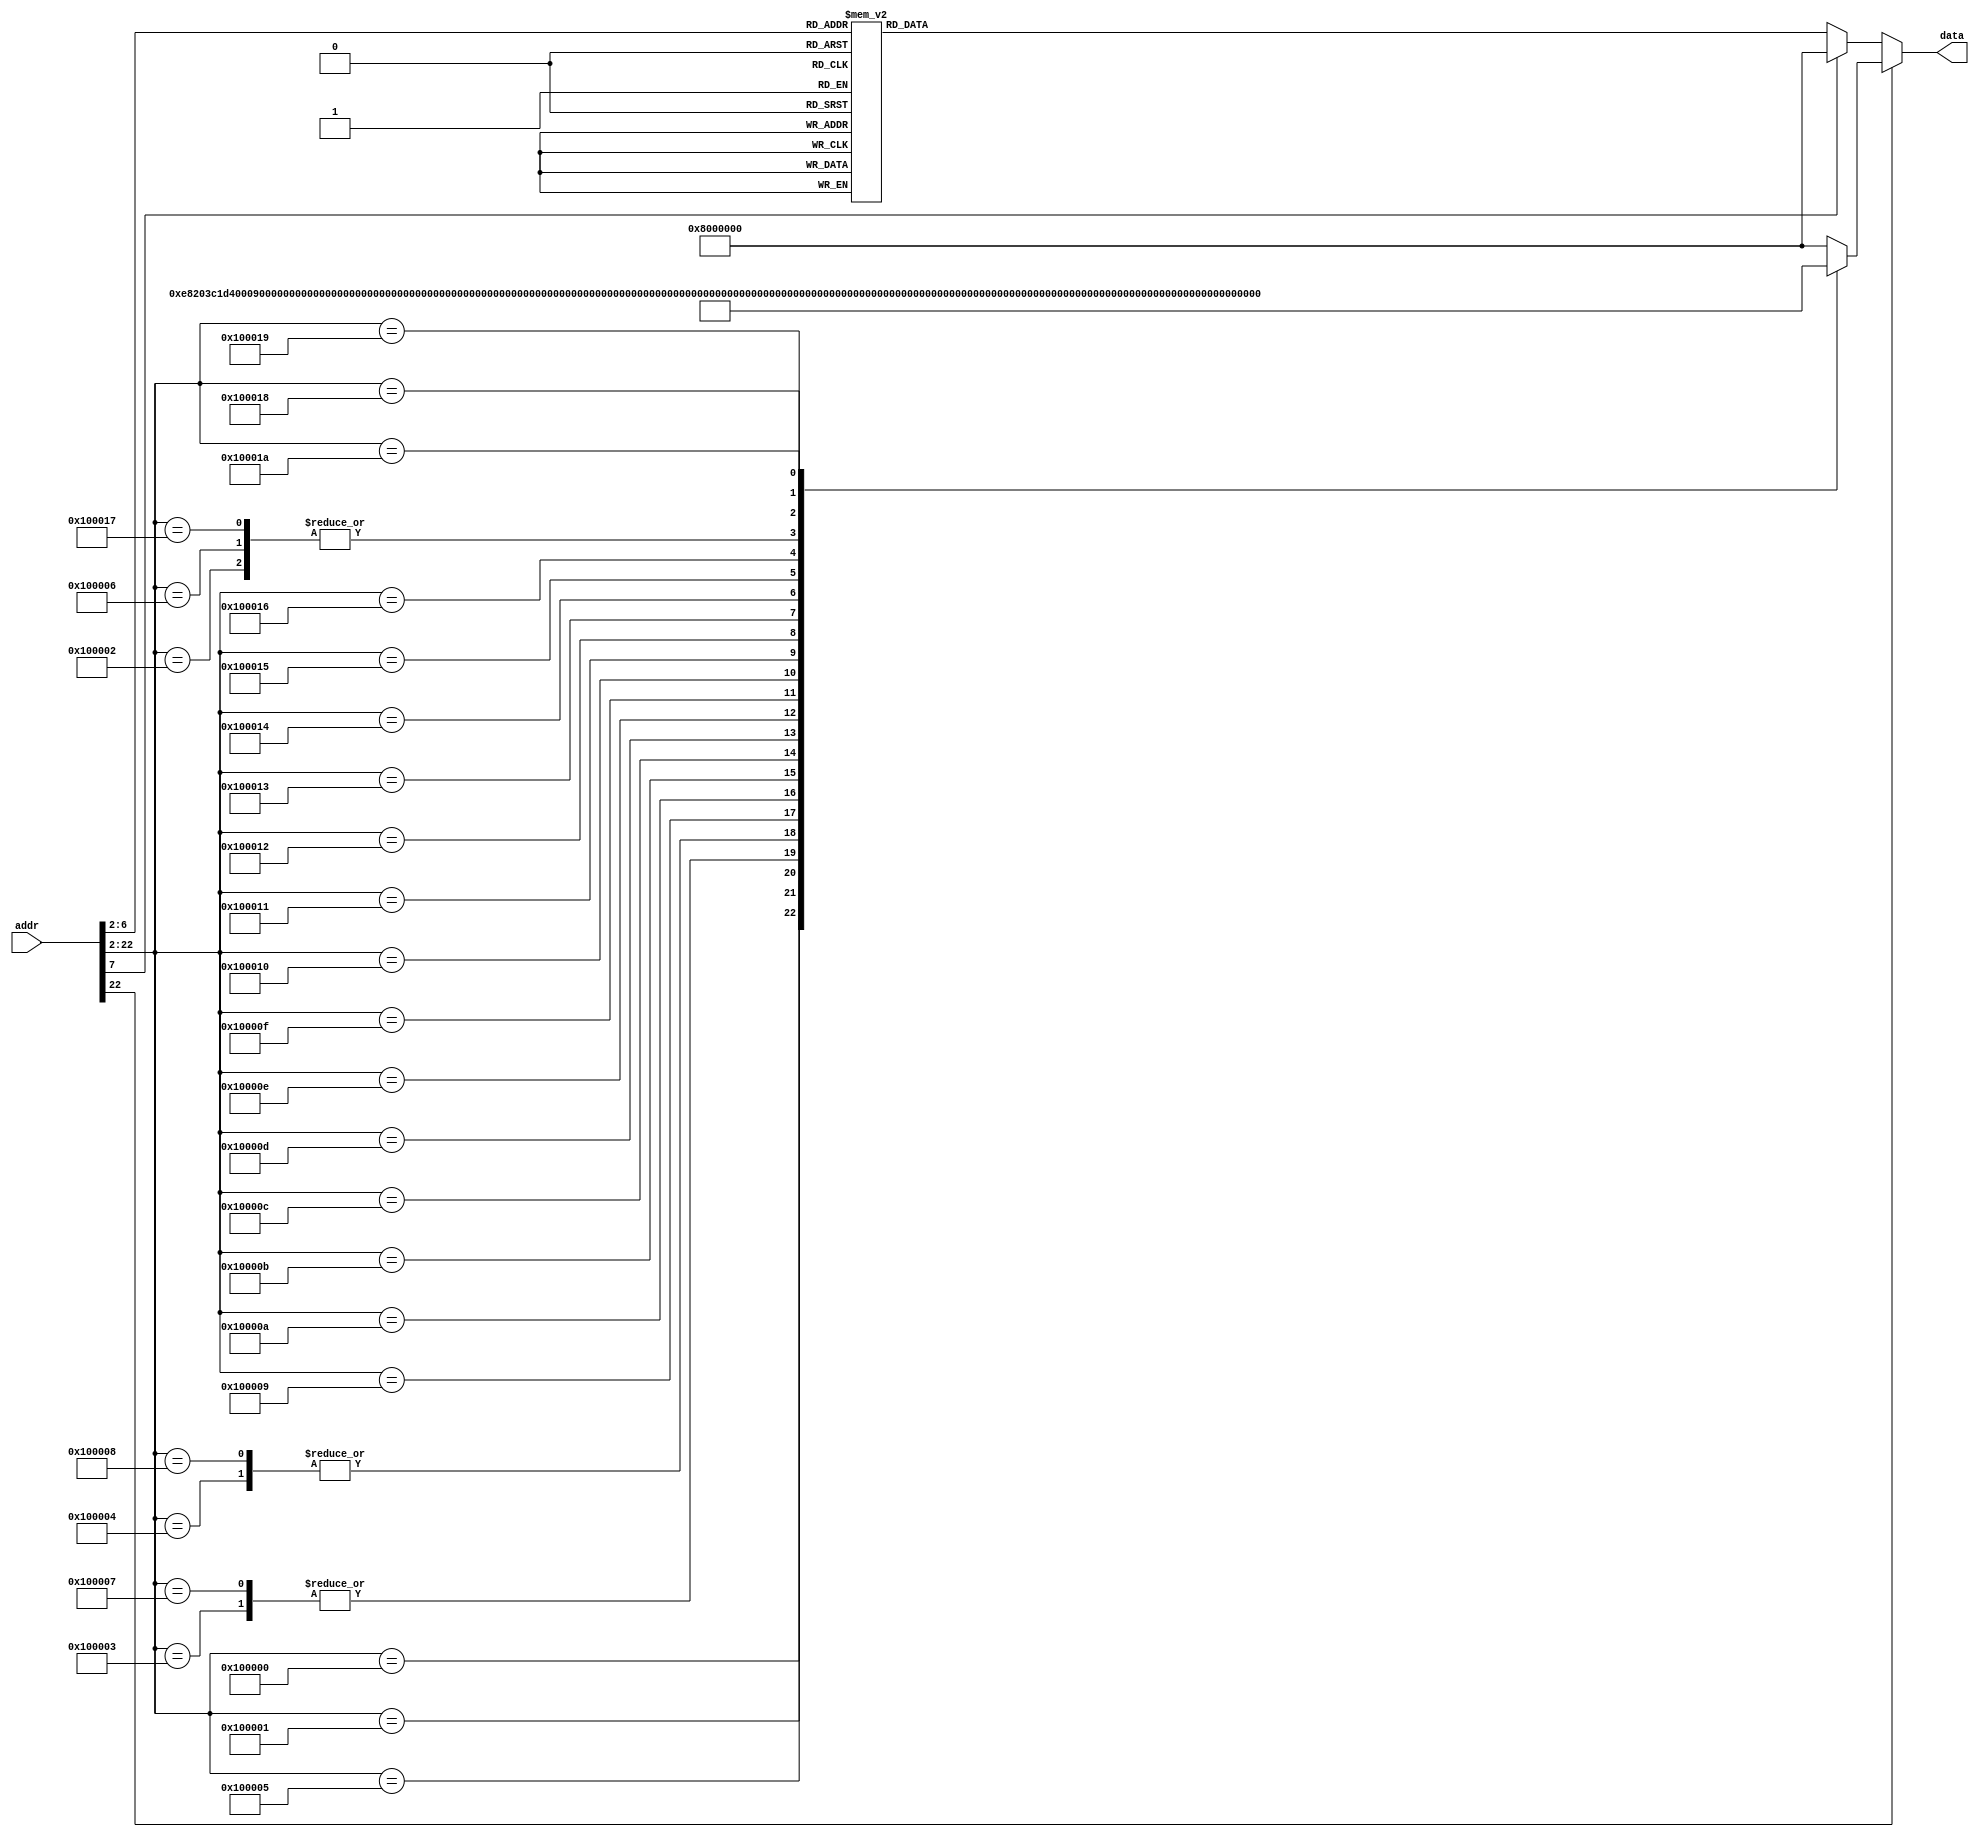
`timescale 1ns/1ps

module ROM (addr,data);
input [31:0] addr;
output [31:0] data;
reg [31:0] data;
//localparam ROM_SIZE = 32;
//reg [31:0] ROM_DATA[ROM_SIZE-1:0];

always@(*)
    if (addr[22] == 0)
    begin
        case(addr[7:2])	//Address Must Be Word Aligned.
            0: data <= 32'h08000003;
            1: data <= 32'h08000010;
            2: data <= 32'h03400008;
            3: data <= 32'h00000820;
            4: data <= 32'h3c014000;
            5: data <= 32'hac200008;
            6: data <= 32'h0000d820;
            7: data <= 32'h3c1bfff0;
            8: data <= 32'hac3b0000;
            9: data <= 32'h241bffff;
            10: data <= 32'h3c1bffff;
            11: data <= 32'hac3b0004;
            12: data <= 32'h201b0003;
            13: data <= 32'hac3b0008;
            14: data <= 32'h201f1000;
            15: data <= 32'h03e00008;
            16: data <= 32'h00000820;
            17: data <= 32'h3c014000;
            18: data <= 32'hac200008;
            19: data <= 32'h0004da00;
            20: data <= 32'h0365d820;
            21: data <= 32'hac3b0014;
            22: data <= 32'h201b0003;
            23: data <= 32'hac3b0008;
            24: data <= 32'h03400008;
           default:	data <= 32'h0800_0000;
        endcase
    end
    else
    begin
        case(addr[22:2])	
            1048576: data <= 32'h0000e820;
            1048577: data <= 32'h3c1d4000;
            1048578: data <= 32'h8fb00020;
            1048579: data <= 32'h32100008;
            1048580: data <= 32'h1200fffd;
            1048581: data <= 32'h8fa4001c;
            1048582: data <= 32'h8fb00020;
            1048583: data <= 32'h32100008;
            1048584: data <= 32'h1200fffd;
            1048585: data <= 32'h8fa5001c;
            1048586: data <= 32'h00808820;
            1048587: data <= 32'h00a09020;
            1048588: data <= 32'h12320008;
            1048589: data <= 32'h02328029;
            1048590: data <= 32'h12000003;
            1048591: data <= 32'h02209820;
            1048592: data <= 32'h02408820;
            1048593: data <= 32'h02609020;
            1048594: data <= 32'h02329022;
            1048595: data <= 32'h02328822;
            1048596: data <= 32'h0810000c;
            1048597: data <= 32'h02201020;
            1048598: data <= 32'hafa2000c;
            1048599: data <= 32'h8fb00020;
            1048600: data <= 32'h32100010;
            1048601: data <= 32'h1600fffd;
            1048602: data <= 32'hafa20018;
           default:	data <= 32'h0800_0000;
        endcase
    end
    
endmodule